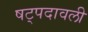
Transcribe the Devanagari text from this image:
षट्पदावली